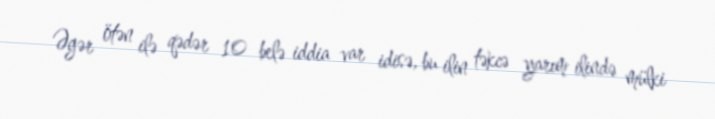
Əgər ötən ilə qədər 10 belə iddia var idisə, bu ilin təkcə yarım ilində mülki